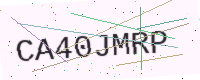
Text: CA40JMRP